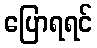
ပြောရရင်